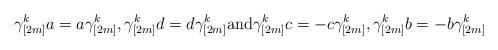
LaTeX: \begin{align*} \gamma^k_{[2m]} a = a \gamma^k_{[2m]} , \gamma^k_{[2m]} d = d \gamma^k_{[2m]} \mbox {and} \gamma^k_{[2m]} c = -c \gamma^k_{[2m]} , \gamma^k_{[2m]} b = -b \gamma^k_{[2m]}\end{align*}